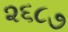
૨૬૮૭